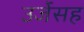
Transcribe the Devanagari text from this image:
उर्जेसह